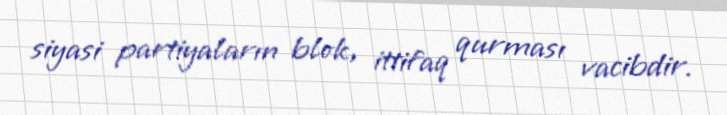
siyasi partiyaların blok, ittifaq qurması vacibdir.